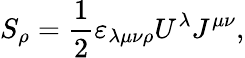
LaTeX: S_{\rho}={\frac{1}{2}}\varepsilon_{\lambda\mu\nu\rho}U^{\lambda}J^{\mu\nu},